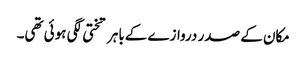
مکان کے صدر دروازے کےباہر تختی لگی ہوئی تھی۔